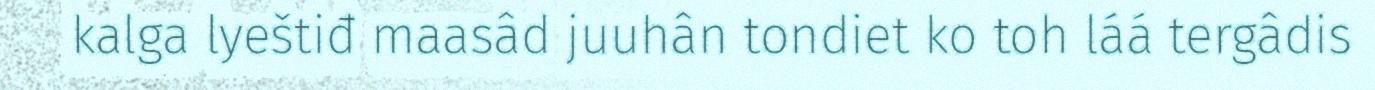
kalga lyeštiđ maasâd juuhân tondiet ko toh láá tergâdis